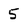
Character: 5